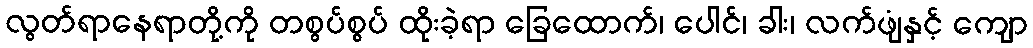
လွတ်ရာနေရာတို့ကို တစွပ်စွပ် ထိုးခဲ့ရာ ခြေထောက်၊ ပေါင်၊ ခါး၊ လက်ဖျံနှင့် ကျော